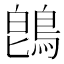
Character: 鵖